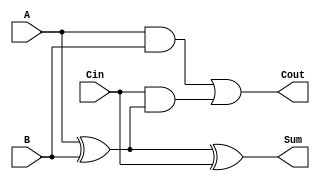
module FullAdder (
    input wire A,
    input wire B,
    input wire Cin,
    output wire Sum,
    output wire Cout
);
    assign Sum = A ^ B ^ Cin; // Sum = A XOR B XOR Cin
    assign Cout = (A & B) | (Cin & (A ^ B)); // Carry = AB + Cin(A XOR B)
endmodule